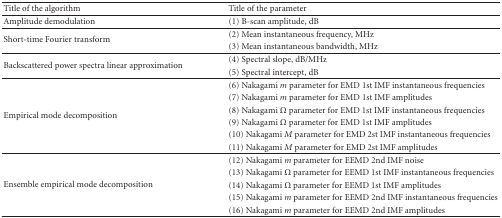
| Title of the algorithm | Title of the parameter |
 | --- | --- |
 | Amplitude demodulation | (1) B-scan amplitude, dB |
 | <ROWSPAN=2> Short-time Fourier transform | (2) Mean instantaneous frequency, MHz |
 | (3) Mean instantaneous bandwidth, MHz |
 | <ROWSPAN=2> Backscattered power spectra linear approximation | (4) Spectral slope, dB/MHz |
 | (5) Spectral intercept, dB |
 | <ROWSPAN=6> Empirical mode decomposition | (6) Nakagami m parameter for EMD 1st IMF instantaneous frequencies |
 | (7) Nakagami m parameter for EMD 1st IMF amplitudes |
 | (8) Nakagami Ω parameter for EMD 1st IMF instantaneous frequencies |
 | (9) Nakagami Ω parameter for EMD 1st IMF amplitudes |
 | (10) Nakagami M parameter for EMD 2st IMF instantaneous frequencies |
 | (11) Nakagami M parameter for EMD 2st IMF amplitudes |
 | <ROWSPAN=5> Ensemble empirical mode decomposition | (12) Nakagami m parameter for EEMD 2nd IMF noise |
 | (13) Nakagami Ω parameter for EEMD 1st IMF instantaneous frequencies |
 | (14) Nakagami Ω parameter for EEMD 1st IMF amplitudes |
 | (15) Nakagami m parameter for EEMD 2nd IMF instantaneous frequencies |
 | (16) Nakagami m parameter for EEMD 2nd IMF amplitudes |